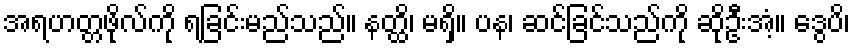
အရဟတ္တဖိုလ်ကို ရခြင်းမည်သည်။ နတ္ထိ၊ မရှိ။ ပန၊ ဆင်ခြင်သည်ကို ဆိုဦးအံ့။ ဒွေပိ၊